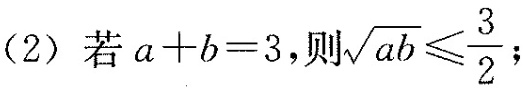
(2)若$$a+b=3$$，则 $$\sqrt{ab} \leqslant \frac{3}{2}$$ ；